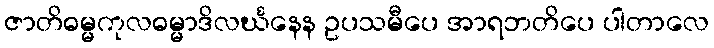
ဇာတိဓမ္မကုလဓမ္မာဒိလင်္ဃနေန ဥပသမီပေ အာရဘတိပေ ပါတာလေ